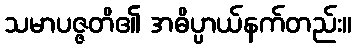
သမာပဇ္ဇတိ၏ အဓိပ္ပာယ်နက်တည်း။